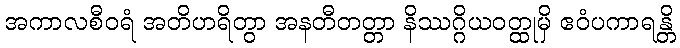
အကာလစီဝရံ အတိဟရိတွာ အနတီတတ္တာ နိဿဂ္ဂိယဝတ္ထုမှိ ဧဝံပကာရန္တိ